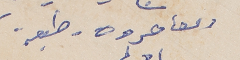
ومعاصروه 	طبعة